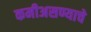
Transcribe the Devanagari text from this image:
कमीअसण्याचे